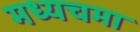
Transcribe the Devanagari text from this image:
मध्यचमा